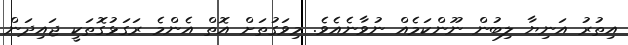
އިތުރު އަނިޔާ ލިބުން ނޫންކަމެއް ނުވާނެއެވެ. މިވަގުތަށް އޮތް އެންމެ ރަގަޅުގޮތަކީ ޖައިދަން